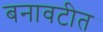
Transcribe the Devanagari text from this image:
बनावटीत